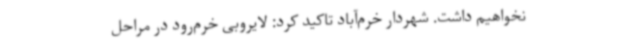
نخواهیم داشت. شهردار خرم‌آباد تاکید کرد: لایروبی خرم‌رود در مراحل